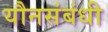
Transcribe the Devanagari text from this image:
यौनसंबंधी